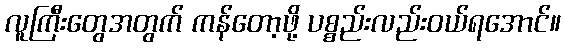
လူကြီးတွေအတွက် ကန်တော့ဖို့ ပစ္စည်းလည်းဝယ်ရအောင်။